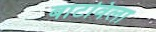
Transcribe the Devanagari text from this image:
बाटविला